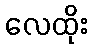
လေထိုး